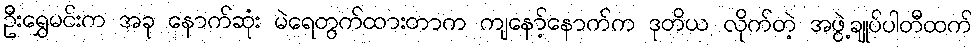
ဦးရွှေမင်းက အခု နောက်ဆုံး မဲရေတွက်ထားတာက ကျနော့်နောက်က ဒုတိယ လိုက်တဲ့ အဖွဲ့ချုပ်ပါတီထက်